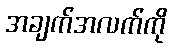
အချက်အလက်ကို